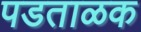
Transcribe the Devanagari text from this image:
पडताळक